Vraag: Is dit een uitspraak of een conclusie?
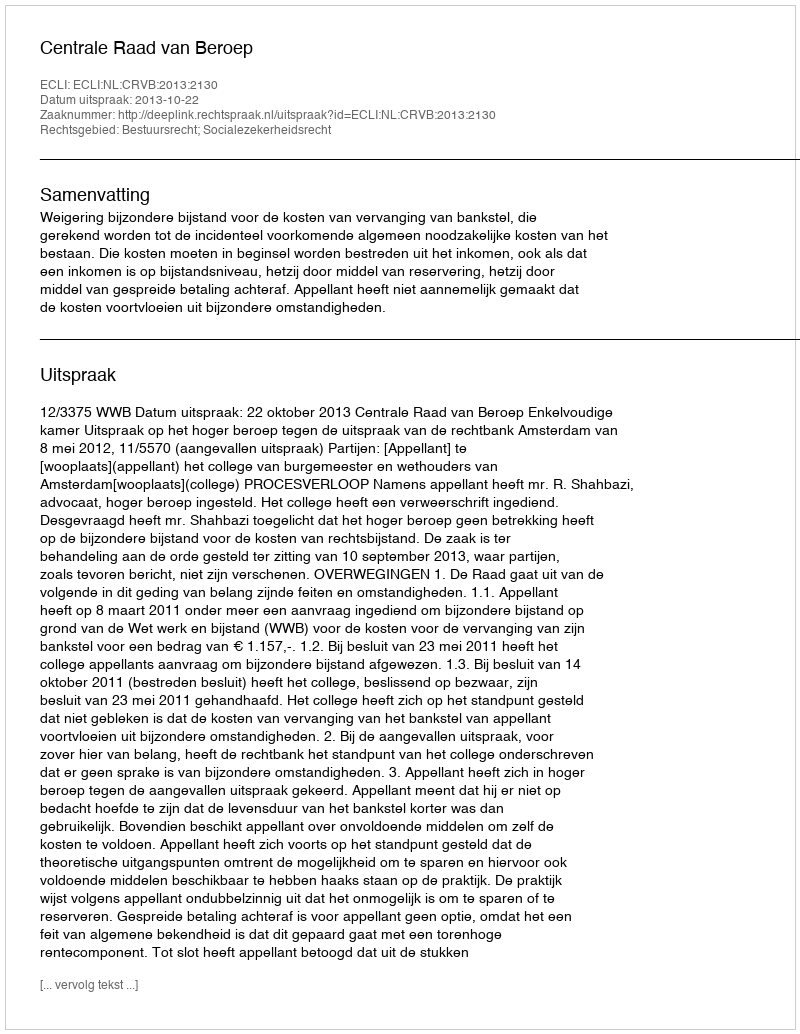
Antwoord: Uitspraak